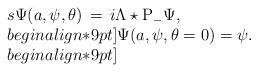
LaTeX: \begin{align*}\begin{array}{l}{s \Psi(a,\psi,\theta)\,=\,i\Lambda\star {\rm P}_{-}\Psi,}\\begin{align*}9pt]{\Psi(a,\psi,\theta=0)=\psi.}\\begin{align*}9pt]\end{array}\end{align*}